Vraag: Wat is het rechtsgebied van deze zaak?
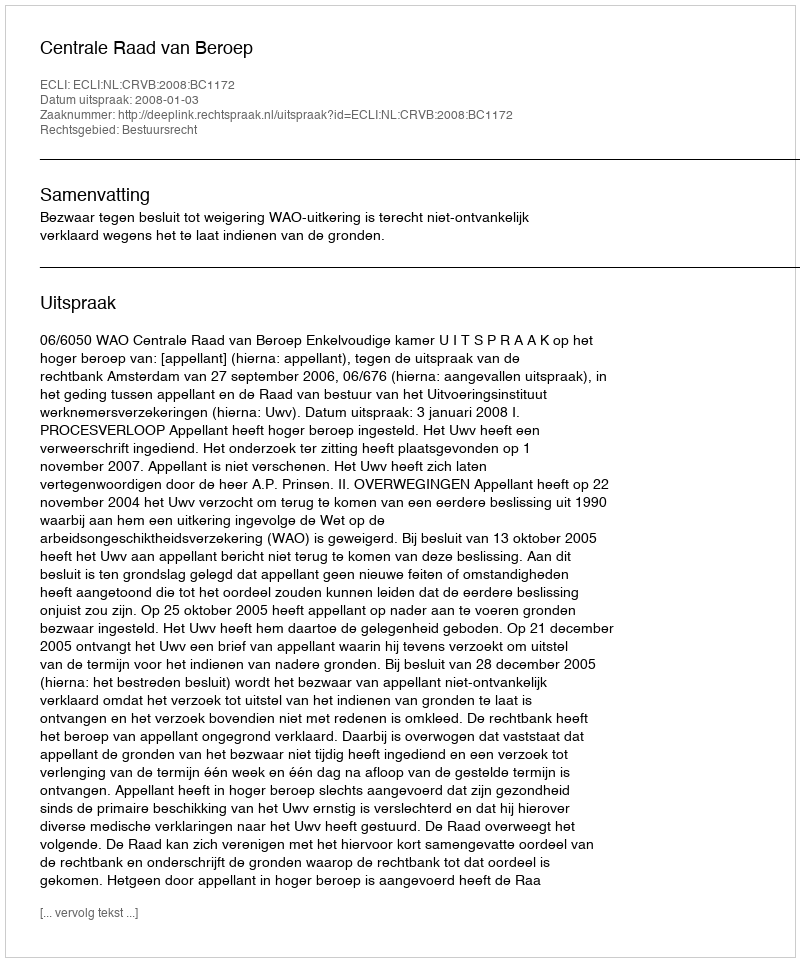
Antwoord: Bestuursrecht